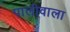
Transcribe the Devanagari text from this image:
पालीवाला